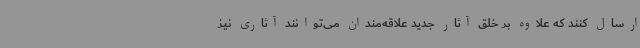
ارسال کنند که علاوه بر خلق آثار جدید علاقه‌مندان می‌توانند آثاری نیز